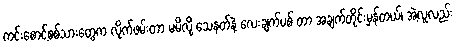
ကင်းစောင့်စစ်သားတွေက လိုက်ဖမ်းတာ မမိလို့ သေနတ်နဲ့ လေးချက်ပစ် တာ အချက်တိုင်းမှန်တယ်၊ အဲ့လူလည်း